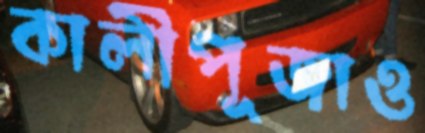
কালীপূজাও